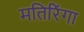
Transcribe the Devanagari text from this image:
मतिरिंगा